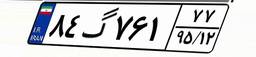
۸۴گ۷۶۱۷۷